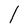
Character: l